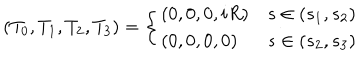
LaTeX: ( T _ { 0 } , T _ { 1 } , T _ { 2 } , T _ { 3 } ) = \left\{ \begin{array} { l l } { { ( 0 , 0 , 0 , i R ) } } & { { s \in ( s _ { 1 } , s _ { 2 } ) } } \\ { { ( 0 , 0 , 0 , 0 ) } } & { { s \in ( s _ { 2 } , s _ { 3 } ) } } \\ \end{array} \right.